Lunatic asylums Central Provinces reports 1895-1909 - 1895-1909
Year: 1895
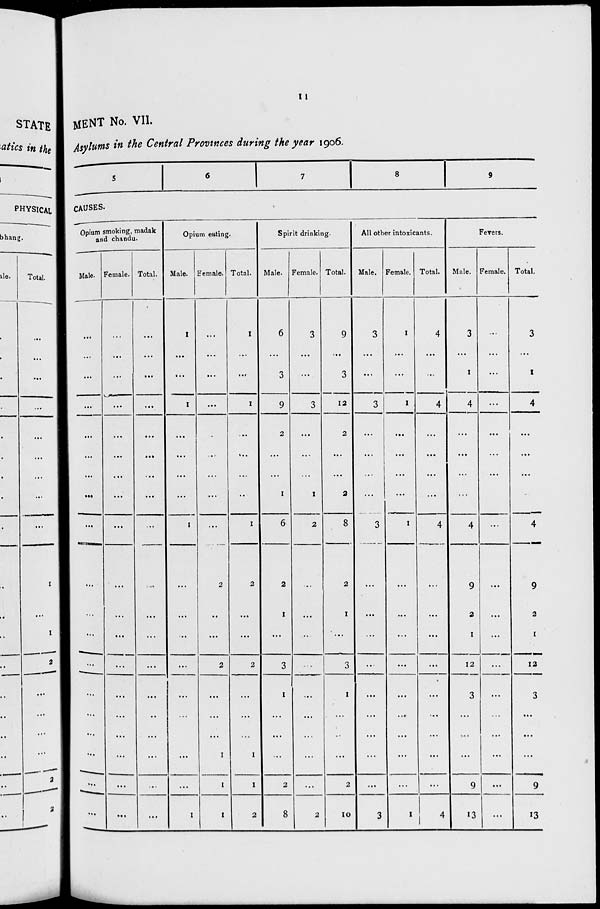
11
MENT No. VII.
Asylums in the Central Provinces during the year 1906.
5
6
7
8
9
CAUSES.
Opium smoking, madak
and chandu.
Male.
...
...
...
...
...
...
...
...
...
...
...
...
...
...
...
...
...
...
...
Female.
...
...
...
...
...
...
...
...
...
...
...
...
...
...
...
...
...
...
...
Total.
...
...
...
...
...
...
...
...
...
...
...
...
...
...
...
...
...
...
...
Opium eating.
Male.
1
...
...
1
...
...
...
...
1
...
...
...
...
...
...
...
...
...
1
Female.
...
...
...
...
...
...
...
...
...
2
...
...
2
...
...
...
1
1
1
Total.
1
...
...
1
...
...
...
...
1
2
...
...
2
...
...
...
1
1
2
Spirit drinking.
Male.
6
...
3
9
2
...
...
1
6
2
1
...
3
1
...
...
...
2
8
Female.
3
...
...
3
...
...
...
1
2
..
...
...
...
...
...
...
...
...
2
Total.
9
...
3
12
2
...
...
2
8
2
1
...
3
1
...
...
...
2
10
All other intoxicants.
Male.
3
...
...
3
...
...
...
...
3
...
...
...
...
...
...
...
...
...
3
Female.
1
...
...
1
...
...
...
...
1
...
...
...
...
...
...
...
...
...
1
Total.
4
...
...
4
...
...
...
...
4
...
...
...
...
...
...
...
...
...
4
Fevers.
Male.
3
...
1
4
...
...
...
...
4
9
2
1
12
3
...
...
...
9
13
Female.
...
...
...
...
...
...
...
...
...
...
...
...
...
...
...
...
...
...
...
Total.
3
...
1
4
...
...
...
...
4
9
2
1
12
3
...
...
...
9
13